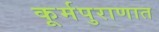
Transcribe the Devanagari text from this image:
कूर्मपुराणात